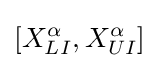
[X_{LI}^{\alpha },X_{UI}^{\alpha }]